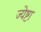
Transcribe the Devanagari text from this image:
ज्येष्टा